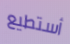
أستطيع